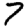
Digit: 7